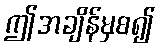
ဤအချိန်မှစ၍